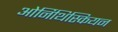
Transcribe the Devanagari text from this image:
ओर्निथिस्कियन